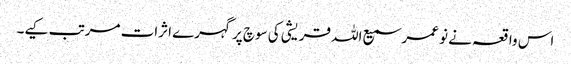
اس واقعہ نے نو عمر سمیع اللہ قریشی کی سوچ پر گہرے اثرات مرتب کیے۔